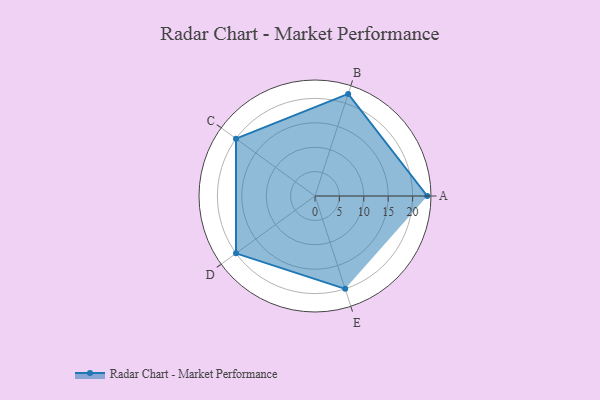
{"axis": {"x": "Skill", "y": "Score"}, "legend": ["Profile"], "data": [{"x": "A", "y": 23.0, "type": "Profile"}, {"x": "B", "y": 22.0, "type": "Profile"}, {"x": "C", "y": 20.0, "type": "Profile"}, {"x": "D", "y": 20, "type": "Profile"}, {"x": "E", "y": 20, "type": "Profile"}]}